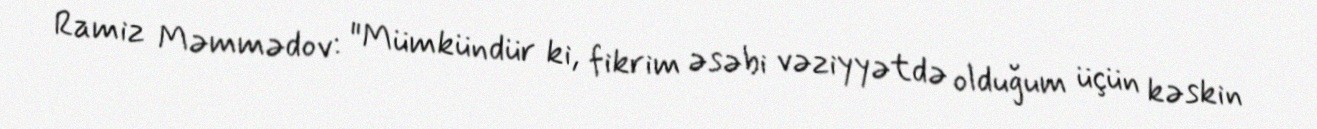
Ramiz Məmmədov: "Mümkündür ki, fikrim əsəbi vəziyyətdə olduğum üçün kəskin